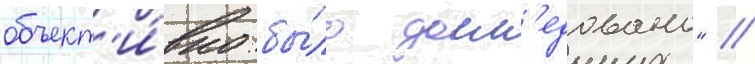
объект'и́вно бы́ло досл'едовано" //